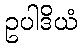
ဥပါဒိယံ